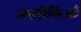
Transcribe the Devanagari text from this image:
अशरिफिआँ